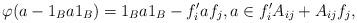
LaTeX: \begin{align*} \varphi(a-1_B a 1_B) = 1_B a 1_B-f_i' a f_j, a\in f_i'A_{ij}+A_{ij}f_j, \end{align*}